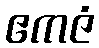
ဧကဇံ